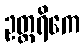
ဥတ္တရိကေ